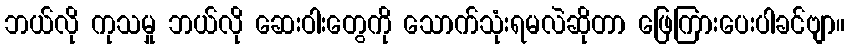
ဘယ်လို ကုသမှု ဘယ်လို ဆေးဝါးတွေကို သောက်သုံးရမလဲဆိုတာ ဖြေကြားပေးပါခင်ဗျာ။